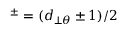
^ { \pm } = ( d _ { \perp \theta } \pm 1 ) / 2